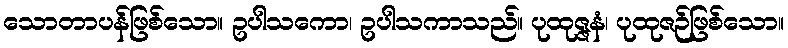
သောတာပန်ဖြစ်သော။ ဥပါသကော၊ ဥပါသကာသည်။ ပုထုဇ္ဇနံ၊ ပုထုဇဉ်ဖြစ်သော။